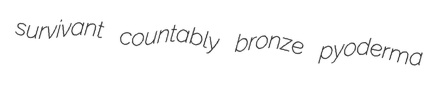
survivant countably bronze pyoderma